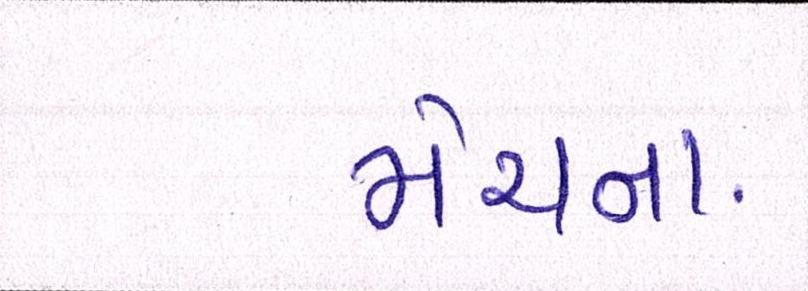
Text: મેચના